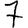
Digit: 7